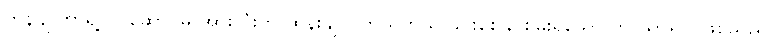
ကွန်ပျူတာရဲ့လုပ်ဆောင်မှု အားလုံးကို ထိန်းချုပ် ကိုယ်တွယ် ခိုင်းစေနိုင်စွမ်းရှိသော ဘာသာရပ် ဖြစ်သည်။